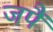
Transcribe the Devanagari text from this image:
जपैं